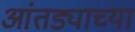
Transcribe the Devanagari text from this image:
आंतड्याच्या